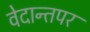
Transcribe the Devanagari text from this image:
वेदान्तपर